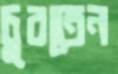
চুবতেন